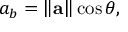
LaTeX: a _ { b } = \left\| \mathbf { a } \right\| \cos \theta ,